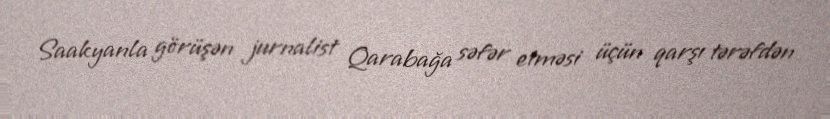
Saakyanla görüşən jurnalist Qarabağa səfər etməsi üçün qarşı tərəfdən